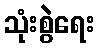
သုံးစွဲရေး